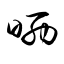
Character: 晒